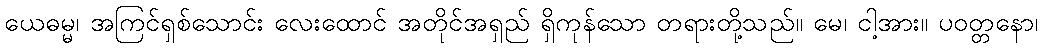
ယေဓမ္မ၊ အကြင်ရှစ်သောင်း လေးထောင် အတိုင်အရှည် ရှိကုန်သော တရားတို့သည်။ မေ၊ ငါ့အား။ ပဝတ္တနော၊